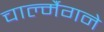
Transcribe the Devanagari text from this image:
चार्ल्मैगने